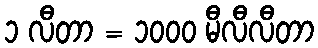
၁ လီတာ = ၁၀၀၀ မီလီလီတာ